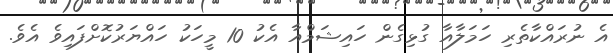
އެ ނުރައްކާތެރި ހަމަލާއާ ގުޅިގެން ހައިޝަމްއާ އެކު 10 މީހަކު ހައްޔަރުކޮށްފައިވެ އެވެ.